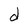
Character: d